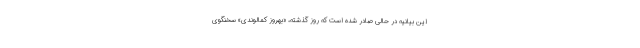
این بیانیه در حالی صادر شده است که روز گذشته، «بهروز کمالوندی» سخنگوی